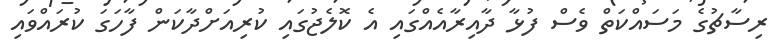
ރިސާޗުގެ މަސައްކަތް ވެސް ފުޅާ ދާއިރާއެއްގައި އެ ކޮލެޖުގައި ކުރިއަށްދާކަން ފާހަގަ ކުރައްވައި